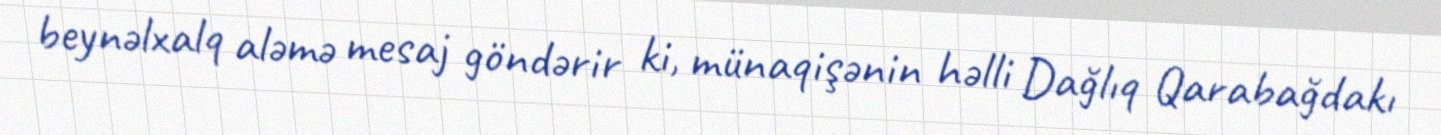
beynəlxalq aləmə mesaj göndərir ki, münaqişənin həlli Dağlıq Qarabağdakı